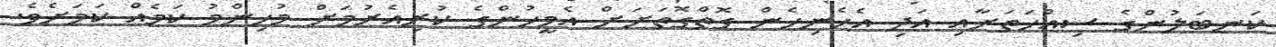
ކަނބަލުންގެ ސިއްހަތަށާއި އަދި އެހެނިހެން ގޮތްގޮތަށަށް އެމީހުންގެ ކުރިއެރުމަށް މުހިންމު ކަމެއް ކަމަށެވެ.